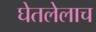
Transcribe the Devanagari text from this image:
घेतलेलाच